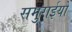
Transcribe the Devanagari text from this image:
समुराईयों